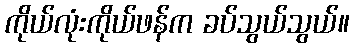
ကိုယ်လုံးကိုယ်ဖန်က ခပ်သွယ်သွယ်။